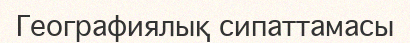
Географиялық сипаттамасы